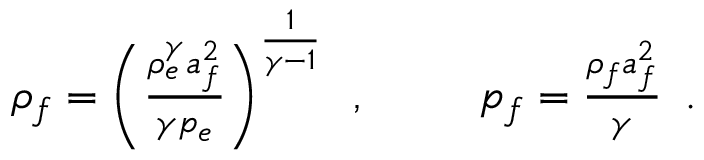
\begin{array} { r l r } { \rho _ { f } = \left( \frac { \rho _ { e } ^ { \gamma } a _ { f } ^ { 2 } } { \gamma p _ { e } } \right) ^ { \frac { 1 } { \gamma - 1 } } \, \mathrm { ~ , ~ } } & { { } \ } & { p _ { f } = \frac { \rho _ { f } a _ { f } ^ { 2 } } { \gamma } \, \mathrm { ~ . ~ } } \end{array}